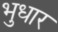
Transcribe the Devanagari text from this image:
भुधार